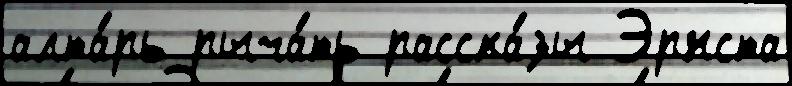
алта́рь рыча́ть расска́зы Эрнста